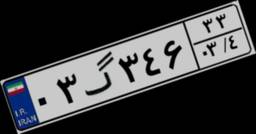
۰۳گ۳۴۶۳۳